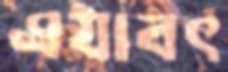
এযাবৎ